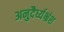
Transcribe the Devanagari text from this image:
अनुदैर्ध्यभ्रंश